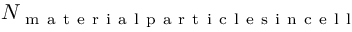
N _ { \mathrm { ~ m ~ a ~ t ~ e ~ r ~ i ~ a ~ l ~ p ~ a ~ r ~ t ~ i ~ c ~ l ~ e ~ s ~ i ~ n ~ c ~ e ~ l ~ l ~ } }